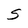
Character: S